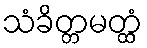
သံခိတ္တမတ္ထံ